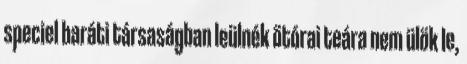
speciel baráti társaságban leülnék ötórai teára nem ülök le,